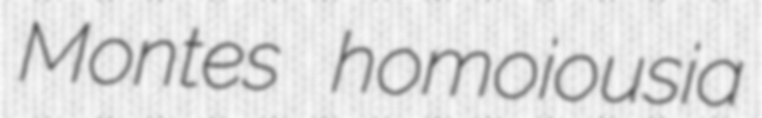
Montes homoiousia